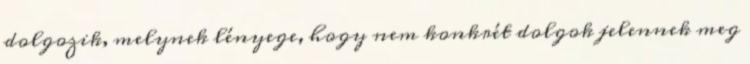
dolgozik, melynek lényege, hogy nem konkrét dolgok jelennek meg